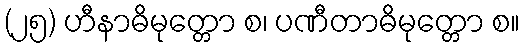
(၂၅) ဟီနာဓိမုတ္တော စ၊ ပဏီတာဓိမုတ္တော စ။